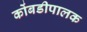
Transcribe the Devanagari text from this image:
कोंबडीपालक